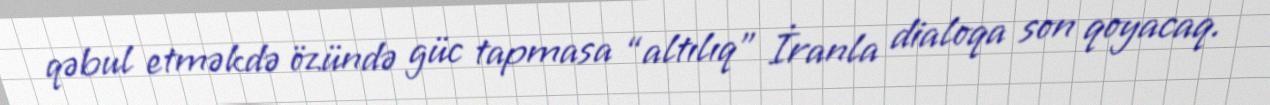
qəbul etməkdə özündə güc tapmasa “altılıq” İranla dialoqa son qoyacaq.